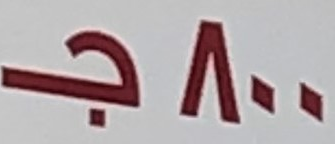
800جـ